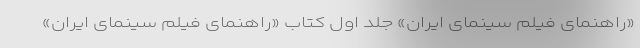
«راهنمای فیلم سینمای ایران» جلد اول کتاب «راهنمای فیلم سینمای ایران»